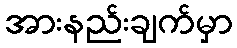
အားနည်းချက်မှာ